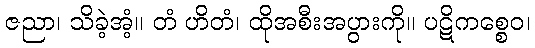
ဇညာ၊ သိခဲ့အံ့။ တံ ဟိတံ၊ ထိုအစီးအပွားကို။ ပဋိကစ္စေဝ၊